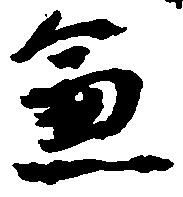
兼